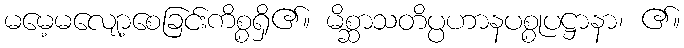
မမေ့မလျော့စေခြင်းကိစ္စရှိ၏။ မိစ္ဆာသတိပ္ပဟာနပစ္စုပဋ္ဌာနာ၊ ၏။